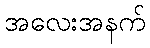
အလေးအနက်